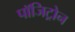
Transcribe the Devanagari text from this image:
पॉजिट्रोन